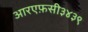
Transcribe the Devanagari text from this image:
आरएफ़सी३४३९